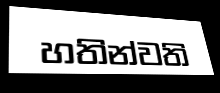
හතින්වති